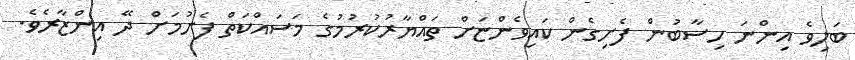
ބަލިވެ އިންނަ ހިސާބުން ފެށިގެން ކައިވެންޏަށް ތައްޔާރުކުރުމުގެ މަސައްކަތް ފެށުމަށް ދޭ އިންޒާރެވެ.